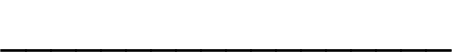
__________________